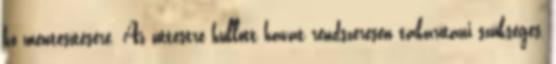
hó mentesítésére. Az úttestre hullott havat rendszeresen takarítani szükséges,